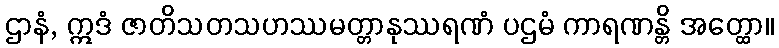
ဌာနံ, ဣဒံ ဇာတိသတသဟဿမတ္တာနုဿရဏံ ပဌမံ ကာရဏန္တိ အတ္ထော။